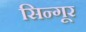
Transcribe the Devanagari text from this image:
सिन्गूर